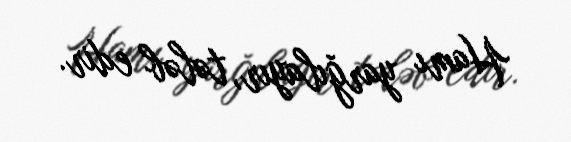
Hamı yarğılayır, tələb edir.